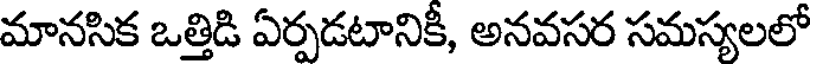
మానసిక ఒత్తిడి ఏర్పడటానికీ, అనవసర సమస్యలలో